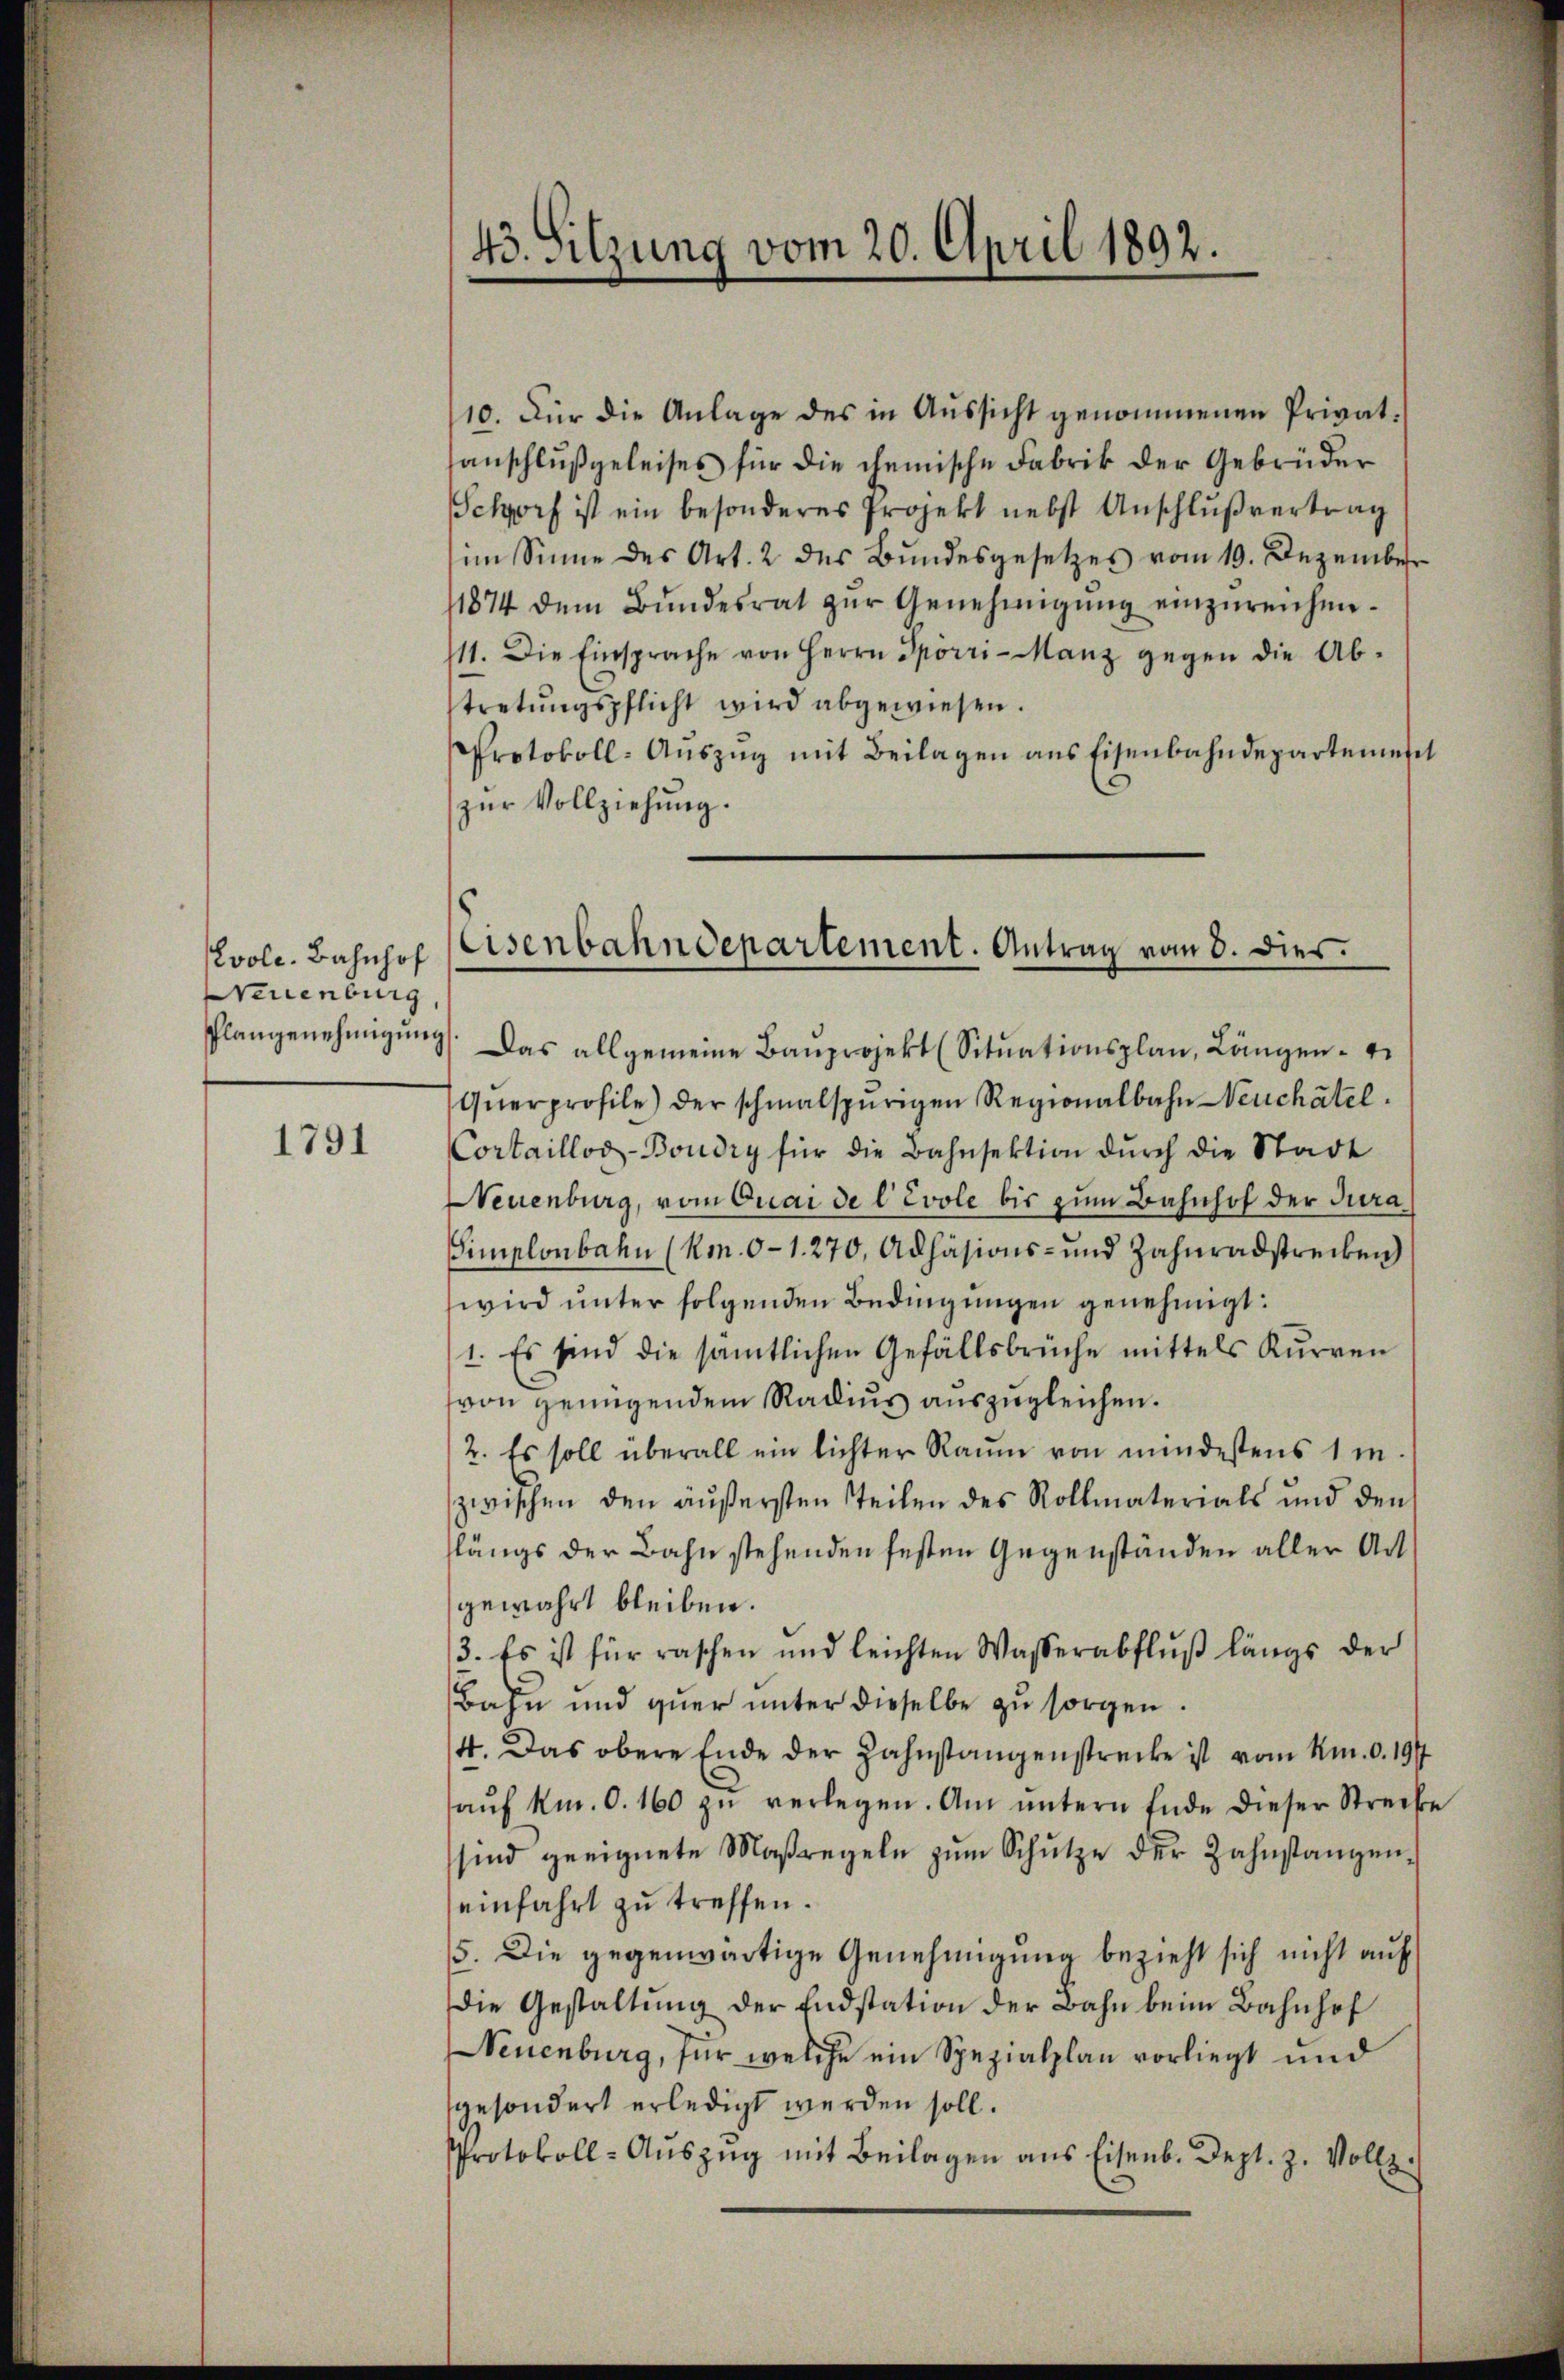
vole. Bahnhof
Neuenburg,

1791

43. Sitzung vom 20. April 1892.

10. Für die Anlage des in Aussicht genommenen Privatsanschlußgeleises für die chemische Fabrik der Gebrüder
Schorf ist ein besonderes Projekt nebst Anschlußvertrag
im Sinne des Art. 2 des Bŭndesgesetzes vom 19. Dezember
11874 dem Bŭndesrat zŭr Genehmigŭng einzŭreichne¬
111. Die Einsprache von Herrn Sporri-Manz gegen die Ab-
tretungspflicht wird abgewiesen.
Protokoll- Aŭszŭg mit Beilagen ans Eisenbahndepartemen
zur Vollziehung.
Plangenehmigŭng. Das allgemeine Baŭprojekt (Sitŭationsplan, Längen-
Qŭerprofile) der schmalspurigen Regionalbahn Neuchâtel.
Cortaillog-Boudry für die Bahnsektion durch die Stadt
Neuenburg, vom Quai de l’évole bis zum Bahnhof der Jura
Simplonbahn (Km. 0-1.270, Adhäsions- und Zahnradstrecken)
wird unter folgenden Bedingungen genehmigt:
1. Es sind die sämtlichen Gefällsbrüche mittels Kurren
von genügendem Radius auszugleichen.
2. Es soll überall ein lichter Raŭm von mindestens 1 m
zwischen den äußersten Teilen des Rollmaterials und den
flängs der Bahn stehenden festen Gegenständen aller Art
gewährt bleiben.
3. Es ist für raschen und leichten Wasserabflŭβ längs der
Bahn und quer unter dieselbe zu sorgen.
4. Das obere Ende der Zahnstangenstrecke ist vom Km. d. 197
aŭf km. O. 160 zŭ verlegen. Am ŭntern Ende dieser Streibe
sind geeignete Maßregeln zŭm Schŭtze der Zahnstanzen-
einfahrt zu treffen.
5. Die gegenwärtige Genehmigung bezieht sich nicht auf
die Gestaltung der Endstation der Bahn beim Bahnhof
Neuenburg, für welche ein Spezialplan vorliegt und
gesondert erledigt werden soll.
Protokoll-Auszug mit Beilagen aus Eisenb. Dept. z. Vollz

Eisenbahndepartement. Antrag vom 8. dies.